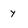
Character: y